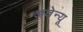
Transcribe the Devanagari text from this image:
अवेन्यू